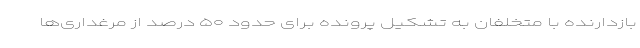
بازدارنده با متخلفان به تشکیل پرونده برای حدود ۵۰ درصد از مرغداری‌ها